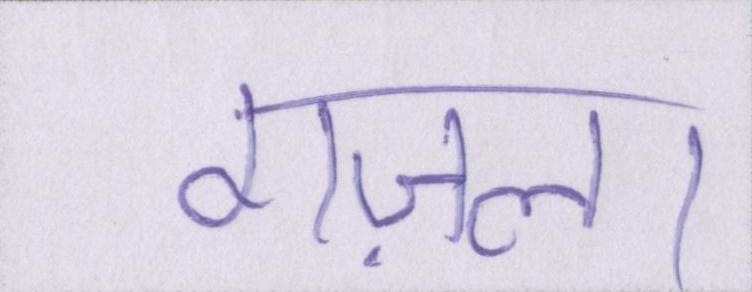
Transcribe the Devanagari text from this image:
गज़ल।